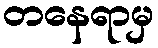
တနေရာမှ